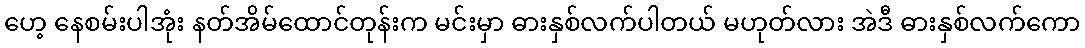
ဟေ့ နေစမ်းပါအုံး နတ်အိမ်ထောင်တုန်းက မင်းမှာ ဓားနှစ်လက်ပါတယ် မဟုတ်လား အဲဒီ ဓားနှစ်လက်ကော